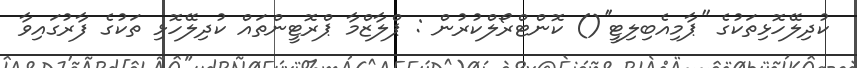
ކުދިލޭހޮޅިތަކުގެ ''ޕާމިއެބިލިޓީ''() ކޮންޓްރޯލްކުރުން : ޕްލާޒްމާ ޕްރޮޓީންތައް ކުދިލޭހޮޅި ތަކުގެ ފާރުގައިވާ